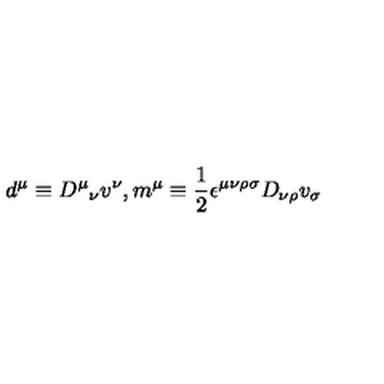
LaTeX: d ^ { \mu } \equiv { D ^ { \mu } } _ { \nu } v ^ { \nu } , m ^ { \mu } \equiv { \frac { 1 } { 2 } } \epsilon ^ { \mu \nu \rho \sigma } D _ { \nu \rho } v _ { \sigma }